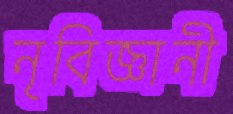
নৃবিজ্ঞানী